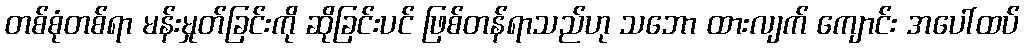
တစ်စုံတစ်ရာ မန်းမှုတ်ခြင်းကို ဆိုခြင်းပင် ဖြစ်တန်ရာသည်ဟု သဘော ထားလျက် ကျောင်း အပေါ်ထပ်